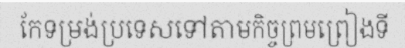
កែទម្រង់ប្រទេសទៅតាមកិច្ចព្រមព្រៀងទី